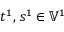
t ^ { 1 } , s ^ { 1 } \in \mathbb { V } ^ { 1 }